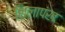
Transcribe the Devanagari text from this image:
शिलापंख